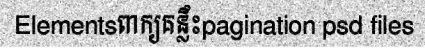
Elementsពាក្យគន្លឹះpagination psd files